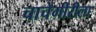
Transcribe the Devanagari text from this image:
चाचेगीरीला